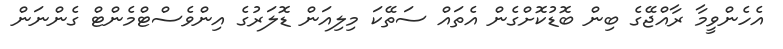
އެހެންވީމާ ރާއްޖޭގެ ބިން ބޮޑުކޮށްގެން އެތައް ސަތޭކަ މިލިއަން ޑޮލަރުގެ އިންވެސްޓްމެންޓް ގެންނަން